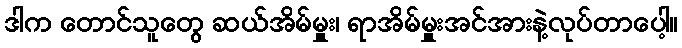
ဒါက တောင်သူတွေ ဆယ်အိမ်မှူး၊ ရာအိမ်မှူးအင်အားနဲ့လုပ်တာပေါ့။